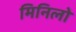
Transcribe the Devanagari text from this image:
मिनिलो